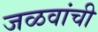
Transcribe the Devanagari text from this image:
जळवांची